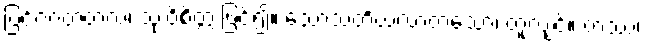
ပြင်ဂဂတတလံ၊ သုံးဝိစိတ္တ ဖြင်၍။ သောသတိယလာတသော၊ တူလျှင်။ တဿ၊